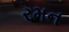
રમન